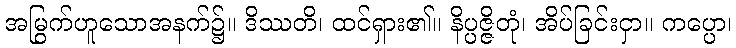
အမြွက်ဟူသောအနက်၌။ ဒိဿတိ၊ ထင်ရှား၏။ နိပ္ပဇ္ဇိတုံ၊ အိပ်ခြင်းငှာ။ ကပ္ပော၊